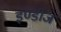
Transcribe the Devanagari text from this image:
इण्डीज